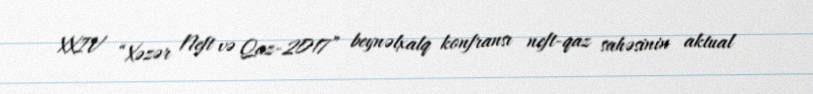
XXIV “Xəzər Neft və Qaz-2017” beynəlxalq konfransı neft-qaz sahəsinin aktual